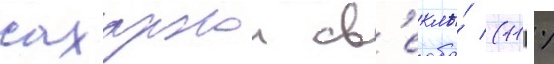
сахарнои св'еклы́ (11 %